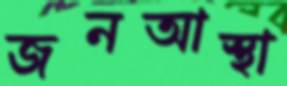
জনআস্থা